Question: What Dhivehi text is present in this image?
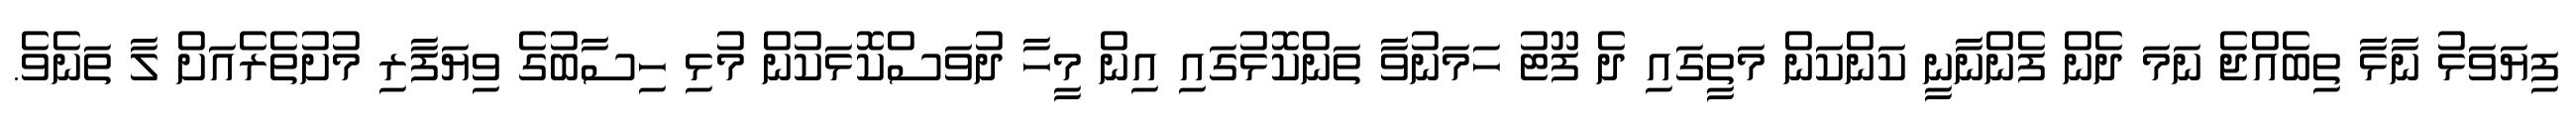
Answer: ފިޔަވަޅު ނާޅާ ތިބެއްޖެ ނަމަ ދެން ފެންނާނީ ކަންކަން މަތީގައި ދެ ފޫޓު ހަމަނުވާ ތަންކޮޅުގައި އިން މީހާ ދުވަސްކޮޅަކުން މުޅި ހިސާބުގެ ވިޔަފާރި މުށުތެރެއަށް ލާ ތަނެވެ.